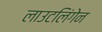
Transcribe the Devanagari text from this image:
लाउटलिंगेन